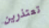
تعتذرين